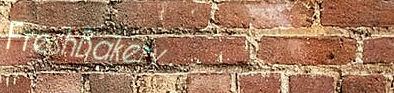
FreshBakery